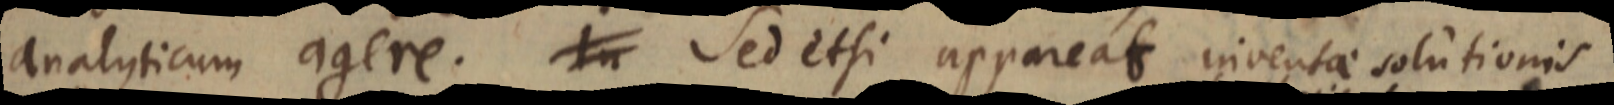
analyticum agere. In Sed etsi appareat inventae solutionis